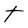
Character: t